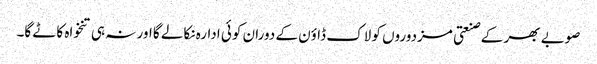
صوبے بھر کے صنعتی مزدوروں کو لاک ڈاؤن کے دوران کوئی ادارہ نکالے گا اور نہ ہی تنخواہ کاٹے گا۔